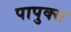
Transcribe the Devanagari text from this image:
पापुक्स